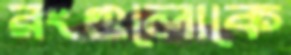
রংগুলোকে